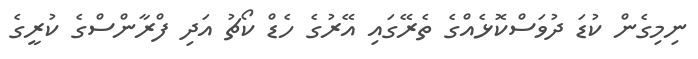
ނިިމިގެން ކުޑަ ދުވަސްކޮޅެއްގެ ތެރޭގައި އޭރުގެ ހެޑް ކޯޗު އަދި ފްރާންސްގެ ކުރީގެ